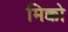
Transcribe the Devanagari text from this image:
मिक्को